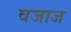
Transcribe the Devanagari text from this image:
वजाज